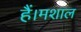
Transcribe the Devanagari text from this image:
हैं।मशाल